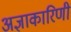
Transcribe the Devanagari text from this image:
अज्ञाकारिणी